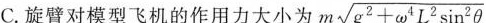
C.旋臂对模型飞机的作用力大小为 $$m \sqrt{g^{2} + \omega ^{4}L^{2}\sin ^{2}\theta}$$